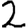
Digit: 2